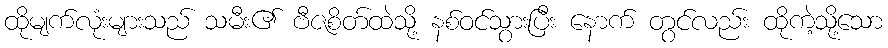
ထိုမျက်လုံးများသည် သမီး၏ ဗီဇစိတ်ထဲသို့ နစ်ဝင်သွားပြီး နောက် တွင်လည်း ထိုကဲ့သို့သော